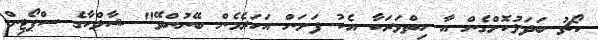
ކޯޗު ބަދަލުކޮށްގެން އާ ހިތްވަރަކާ އެކު ފަށަން އަހަރެމެން ބޭނުންވޭ" ޝާލްކާގެ ސްޕޯޓިން